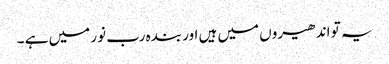
یہ تو اندھیروں میں ہیں اور بندہ رب نور میں ہے ۔